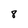
Character: 8